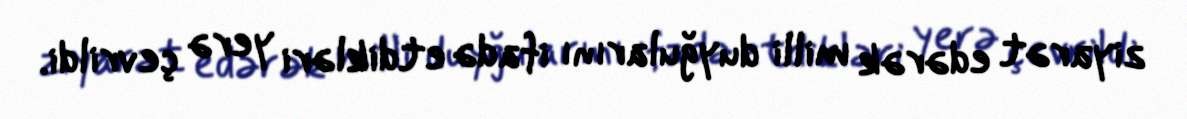
ziyarət edərək milli duyğularını ifadə etdikləri yerə çevrildi.